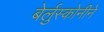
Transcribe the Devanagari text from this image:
बेर्लुस्कोनीने